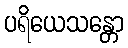
ပရိယေသန္တော